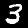
Digit: 3